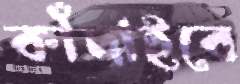
কাঁদাইবে